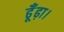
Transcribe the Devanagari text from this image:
ढूँढ़ा।